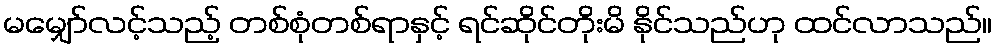
မမျှော်လင့်သည့် တစ်စုံတစ်ရာနှင့် ရင်ဆိုင်တိုးမိ နိုင်သည်ဟု ထင်လာသည်။